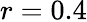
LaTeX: r=0.4